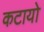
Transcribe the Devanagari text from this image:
कटायो